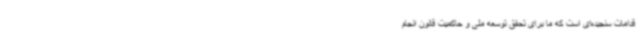
قدامات سنجیده‌ای است که ما برای تحقق توسعه ملی و حاکمیت قانون انجام